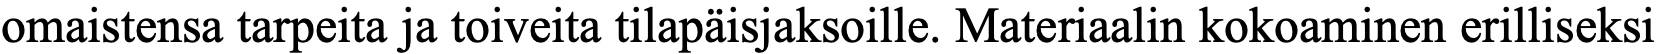
omaistensa tarpeita ja toiveita tilapäisjaksoille. Materiaalin kokoaminen erilliseksi